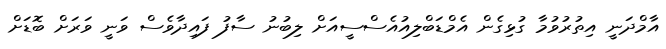
އާމްދަނީ އިތުރުވުމާ ގުޅިގެން އެމްޑަބްލިއުއެސްސީއަށް ލިބުނު ސާފު ފައިދާވެސް ވަނީ ވަރަށް ބޮޑަށް